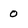
Character: 0